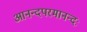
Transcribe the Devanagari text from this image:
आनन्दपरमानन्दः